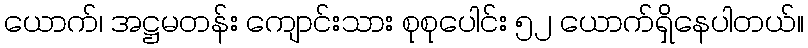
ယောက်၊ အဋ္ဌမတန်း ကျောင်းသား စုစုပေါင်း ၅၂ ယောက်ရှိနေပါတယ်။